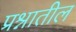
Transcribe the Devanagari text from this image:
प्रश्नातील